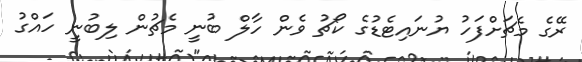
ރޭގެ މެޗަށްފަހު ޔުނައިޓެޑުގެ ކޯޗު ވެން ހާލް ބުނީ މެޗުން ލިބުނީ ހައްގު